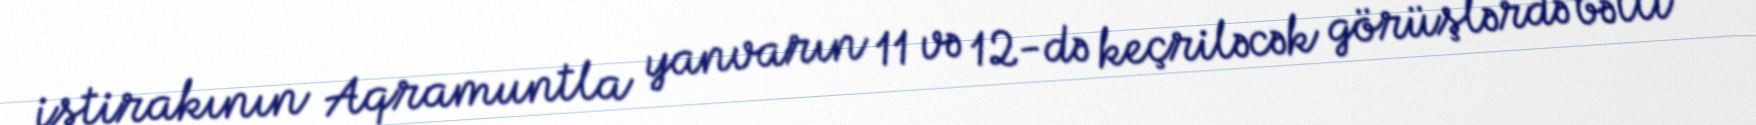
iştirakının Aqramuntla yanvarın 11 və 12-də keçriləcək görüşlərdə bəlli